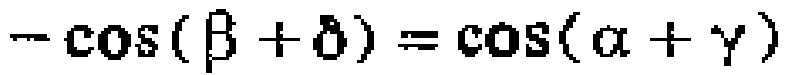
\(-\cos(\beta + \delta)=\cos(\alpha + \gamma)\)